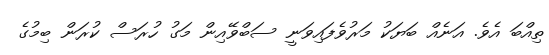
ތިއްބަ އެވެ. އަނެއް ބަޔަކު މަރުވެފައިވަނީ ސަބްވޭއިން މަގު ހުރަސް ކުރަން ބިމުގެ